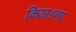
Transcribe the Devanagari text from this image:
किया।पद्म